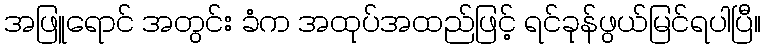
အဖြူရောင် အတွင်း ခံက အထုပ်အထည်ဖြင့် ရင်ခုန်ဖွယ်မြင်ရပါပြီ။